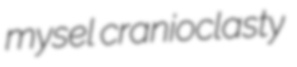
mysel cranioclasty